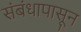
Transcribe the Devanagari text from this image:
संबंधापासून